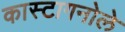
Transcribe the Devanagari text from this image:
कास्टागनोले